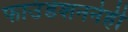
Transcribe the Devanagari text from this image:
फाउंडेशननेही